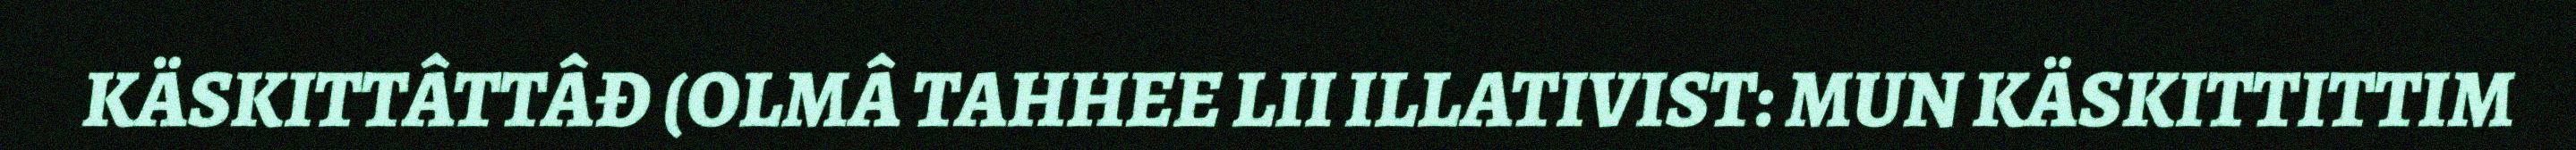
KÄSKITTÂTTÂĐ (OLMÂ TAHHEE LII ILLATIVIST: MUN KÄSKITTITTIM